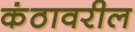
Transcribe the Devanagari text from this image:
कंठावरील